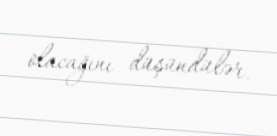
olacağını düşündülər.